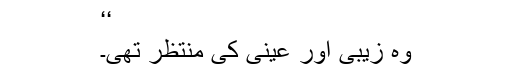
‘‘
وہ زیبی اور عینی کی منتظر تھی۔